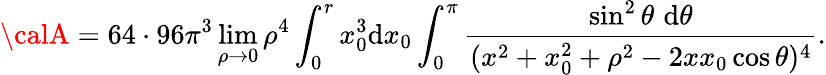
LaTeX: {\calA}=64\cdot96\pi^{3}\operatorname*{lim}_{\rho\rightarrow0}\rho^{4}\int_{0}^{r}x_{0}^{3}\mathrm{d}x_{0}\int_{0}^{\pi}{\frac{{\sin^{2}\theta\, \, \mathrm{d}\theta}}{{(x^{2}+x_{0}^{2}+\rho^{2}-2xx_{0}\cos\theta)^{4}}}}.